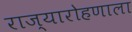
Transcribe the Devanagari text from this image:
राज्यारोहणाला